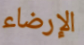
الإرضاء